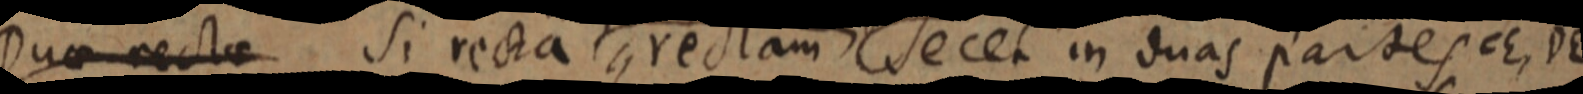
Duae rectae Si recta, rectam secet in duas partes cE, DE